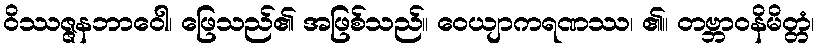
ဝိဿဇ္ဇနဘာဝေါ၊ ဖြေသည်၏ အဖြစ်သည်။ ဝေယျာကရဏဿ၊ ၏။ တဗ္ဘာဝနိမိတ္တံ၊